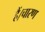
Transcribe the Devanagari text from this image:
हैं।चारण